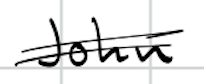
Text: John
Cross-out: double-line
Writing tool: digital_black